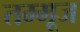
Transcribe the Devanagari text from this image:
तम्मूज